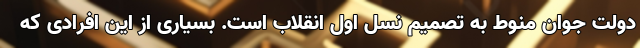
دولت جوان منوط به تصمیم نسل اول انقلاب است. بسیاری از این افرادی که